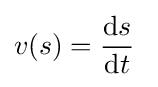
v(s)={\frac {\mathrm {d} s}{\mathrm {d} t}}\